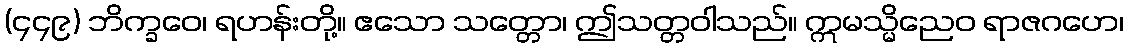
(၄၄၉) ဘိက္ခဝေ၊ ရဟန်းတို့။ ဧသော သတ္တော၊ ဤသတ္တဝါသည်။ ဣမသ္မိညေဝ ရာဇဂဟေ၊